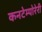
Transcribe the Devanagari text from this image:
कनटेम्पोरेरी